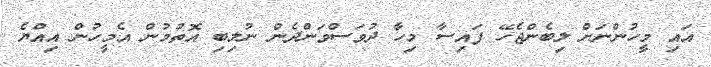
އައި މީހުންނަށް ލިބެންޖެހޭ ފައިސާ މިހާ ދުވަސްވަންދެން ނުލިބި އޮތުމުން އެމީހުން އިއްޔެ